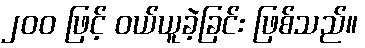
၂၀၀ ဖြင့် ဝယ်ယူခဲ့ခြင်း ဖြစ်သည်။